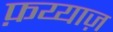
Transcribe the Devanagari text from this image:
फ़य्याज़